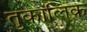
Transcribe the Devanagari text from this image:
तुकालिक